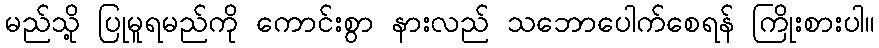
မည်သို့ ပြုမူရမည်ကို ကောင်းစွာ နားလည် သဘောပေါက်စေရန် ကြိုးစားပါ။